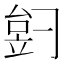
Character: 𬔠